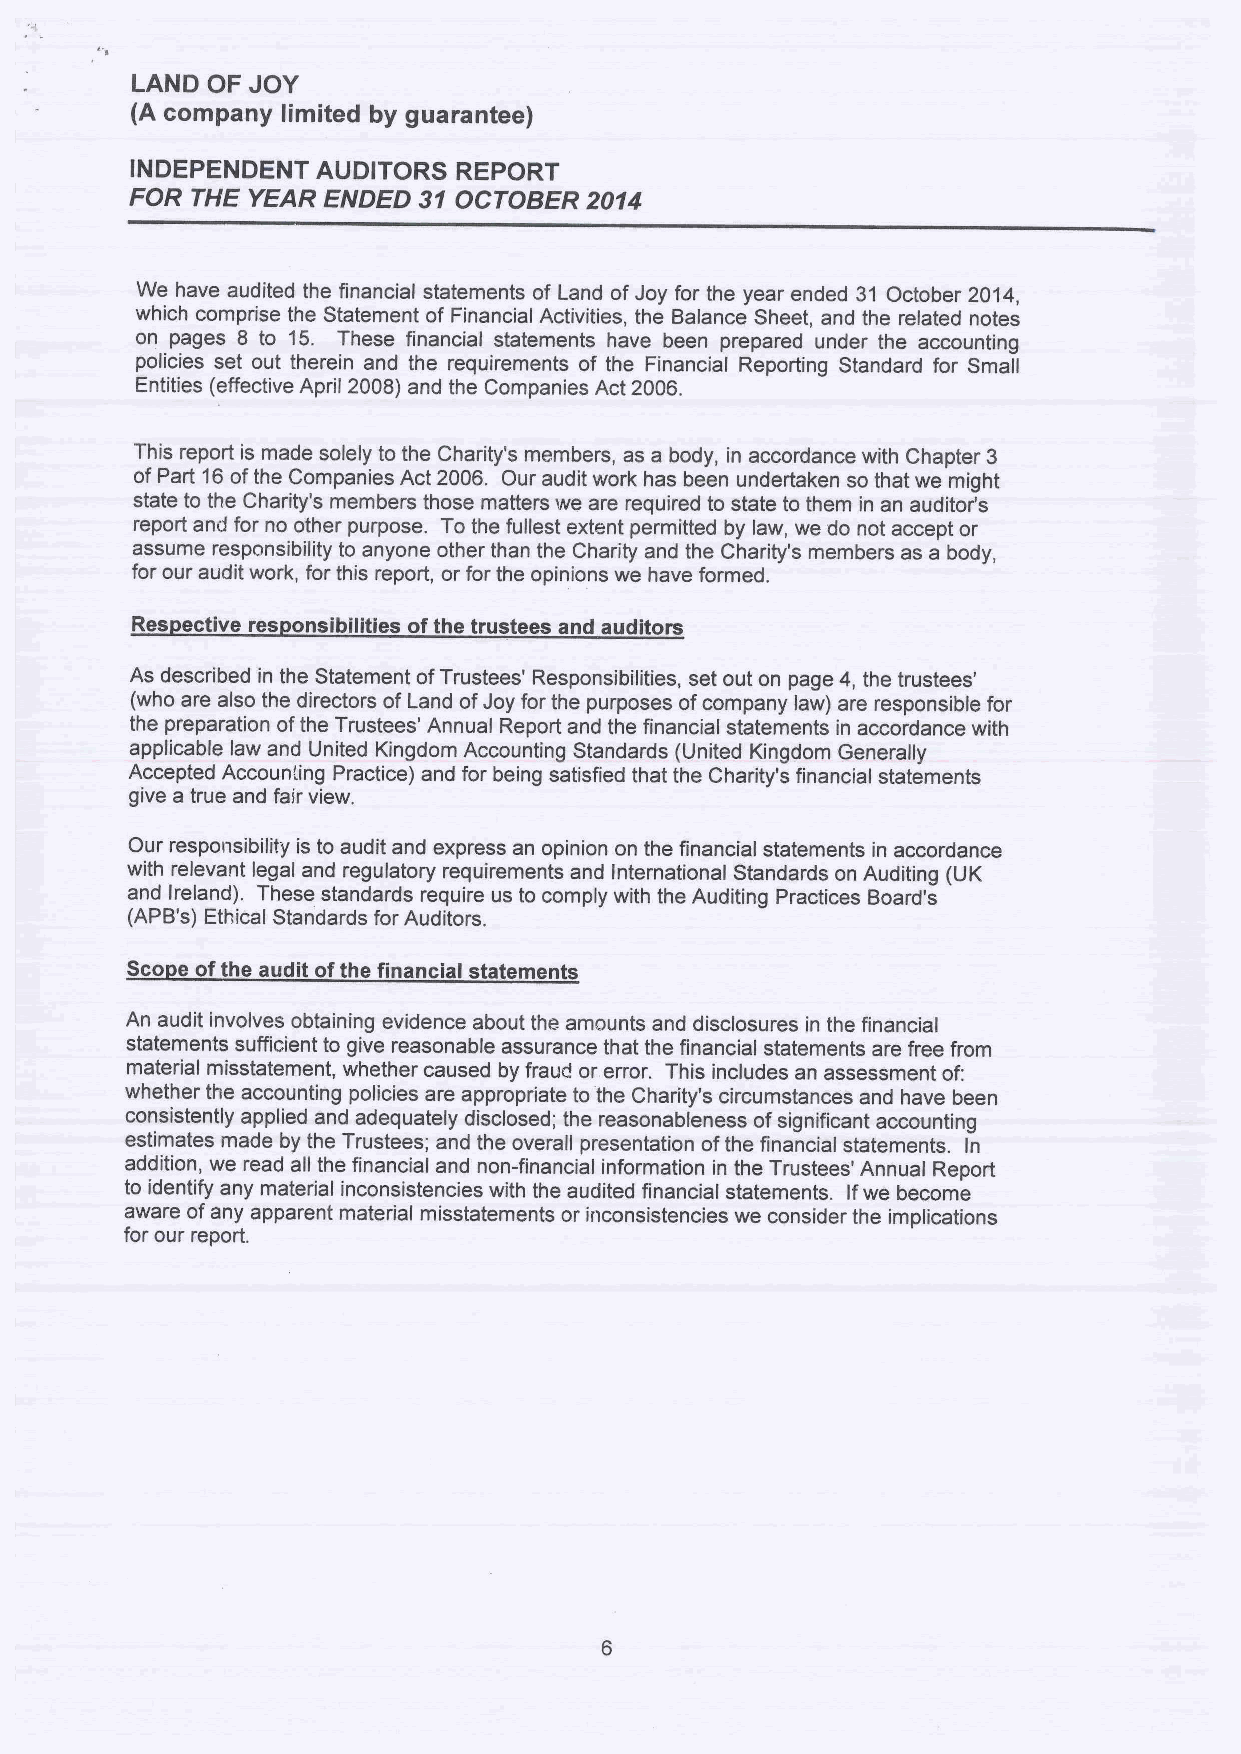
LAND OF JOY
 (A company limited by guarantee)
 INDEPENDENT AUDITORS REPORT
 FOR THE YEAR ENDED 31OCTOBER  2014
 We have audited the financial statements of Land ofJoy for the year ended 31 October 2014,
 which comprise the Statement of Financial Activities, the Balance Sheet, and the related notes
 on pages 8 to 15. These financial statements have been prepared under the accounting
 policies set out therein and the requirements of the Financial Reporting Standard for Small
 Entities (effective April 2008) and the Companies Act 2006.
 This report is made solely to the Charity's members, as a body, in accordance with Chapter 3
 ofPart 16ofthe Companies Act 2006. Our audit work has been undertaken so that we might
 state to the Charity's members those matters we are required to state to them in an auditor's
 report and for no other purpose. To the fullest extent permitted by law, we do not accept or
 assume responsibility to anyone other than the Charity and the Charity's members as a body,
 for our audit work, for this report, or for the opinions we have formed.
 Res ective res onsibilitles ofthe trustees and auditors
 As described in the Statement ofTrustees' Responsibilities, set out on page 4, the trustees'
 (who are also the directors of Land ofJoy for the purposes ofcompany law) are responsible for
 the preparation ofthe Trustees' Annual Report and the financial statements in accordance with
 applicable law and United Kingdom Accounting Standards (United Kingdom Generally
 Accepted Accounting Practice) and for being satisfied that the Charity's financial statements
 give a true and fair view.
 Our responsibility is to audit and express an opinion on the financial statements in accordance
 with relevant legal and regulatory requirements and International Standards on Auditing (UK
 and Ireland). These standards require us to compiy with the Auditing Practices Board's
 (APB's) Ethical Standards for Auditors.
 Sco e ofthe audit ofthe financial statements
 An audit involves obtaining evidence about the amounts and disclosures in the financial
 statements sufficient to give reasonable assurance that the financial statements are free from
 material misstatement, whether caused by fraud or error. This includes an assessment of:
 whether the accounting policies are appropiiate to the Charity's circumstances and have been
 consistently applied and adequately disclosed; the reasonableness ofsignificant accounting
 estimates made by the Trustees; and the overall presentation ofthe financial statements. In
 addition, we read all the financial and non-financial information in the Trustees' Annual Report
 to identify any material inconsistencies with the audited financial statements. Ifwe become
 aware ofany apparent material misstatements or inconsistencies we consider the implications
 for our report.